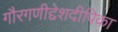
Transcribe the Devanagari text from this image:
गौरगणीद्देशदीपिका